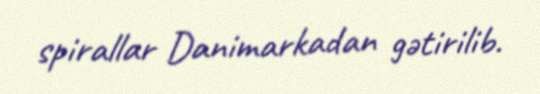
spirallar Danimarkadan gətirilib.